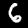
Digit: 6